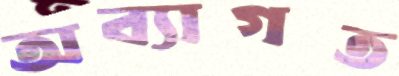
অব্যাগত